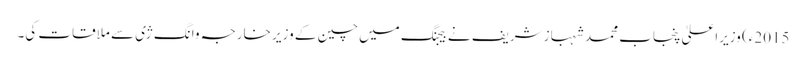
2015ء) وزیراعلیٰ پنجاب محمد شہباز شریف نے بیجنگ میں چین کے وزیر خارجہ وانگ ژی سے ملاقات کی۔